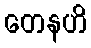
တေနဟိ